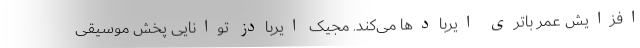
افزایش عمر باتری ایربادها می‌کند. مجیک ایربادز توانایی پخش موسیقی